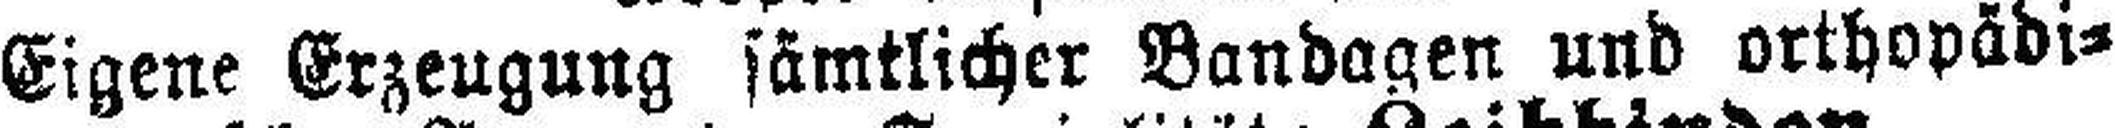
Eigene Erzeugung sämtlicher Bandagen und orthopädi¬